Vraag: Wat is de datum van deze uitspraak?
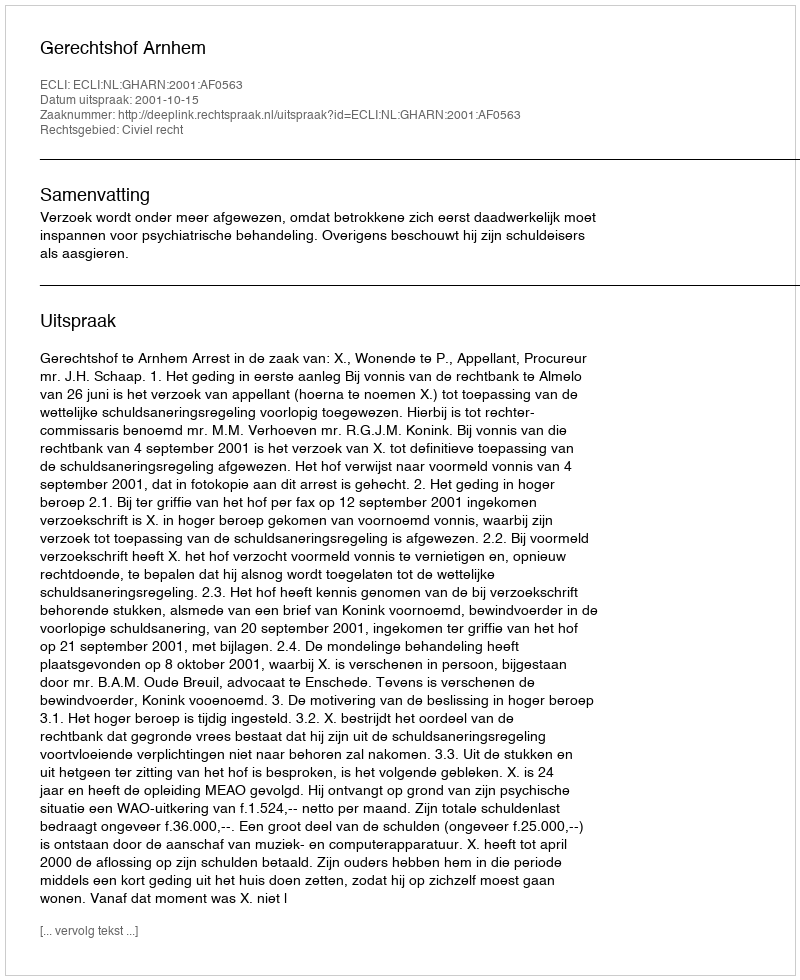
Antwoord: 2001-10-15